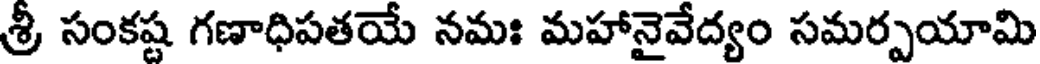
శ్రీ సంకష్ట గణాధిపతయే నమః మహానైవేద్యం సమర్పయామి